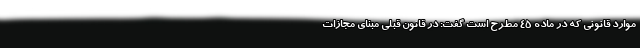
موارد قانونی که در ماده ۴۵ مطرح است گفت: در قانون قبلی مبنای مجازات